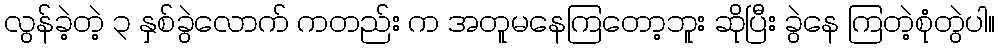
လွန်ခဲ့တဲ့ ၃ နှစ်ခွဲလောက် ကတည်း က အတူမနေကြတော့ဘူး ဆိုပြီး ခွဲနေ ကြတဲ့စုံတွဲပါ။